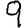
Digit: 9